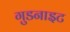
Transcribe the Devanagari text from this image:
गुडनाइट